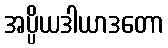
အပ္ပိယဒါယာဒတော